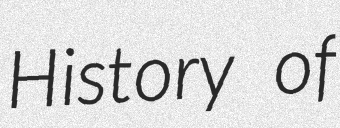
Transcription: History of